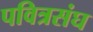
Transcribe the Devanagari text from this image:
पवित्रसंघ